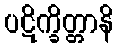
ပဋိက္ခိတ္တာနိ